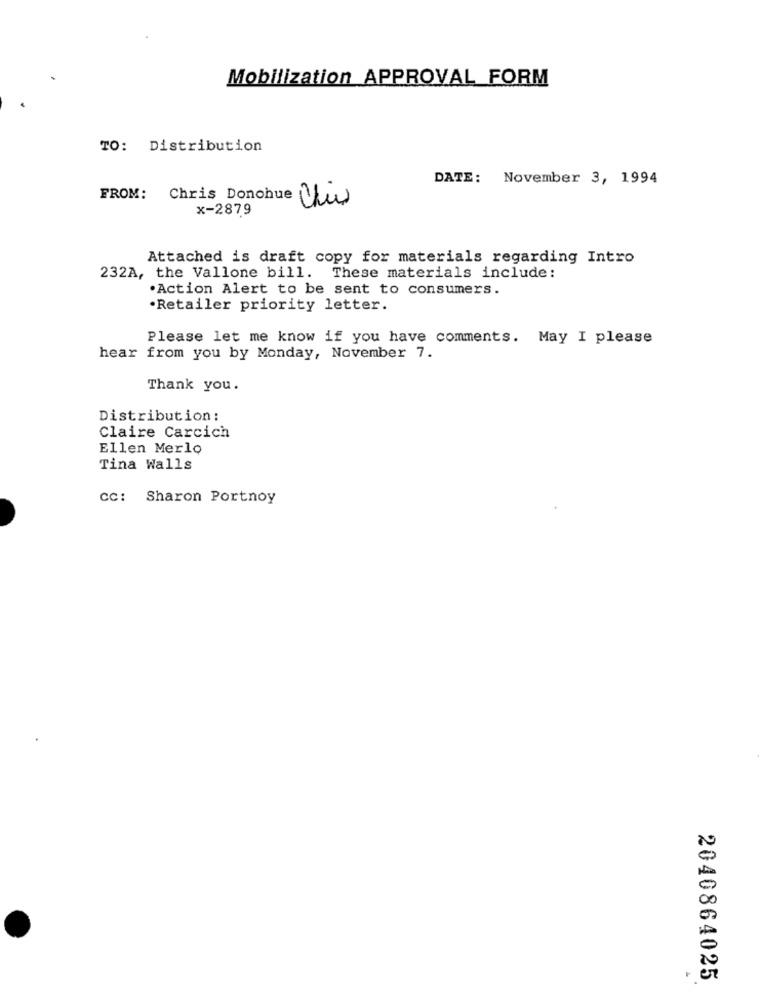
Mobilization APPROVAL FORM
TO: Distribution
DATE: November 3, 1994
FROM: Chris Donohue This
x-287.9
Attached is draft copy for materials regarding Intro
232A, the Vallone bill. These materials include:
.Action Alert to be sent to consumers.
Retailer priority letter.
Please let me know if you have comments. May I please
hear from you by Monday, November 7.
Thank you.
Distribution :
Claire Carcich
Ellen Merlo
Tina Walls
CC: Sharon Portnoy
2040864025